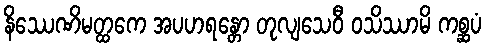
နိဿေဏိမတ္ထကေ အပဟရန္တော တုလျသေဝီ ဝသိဿာမိ ကစ္ဆပံ